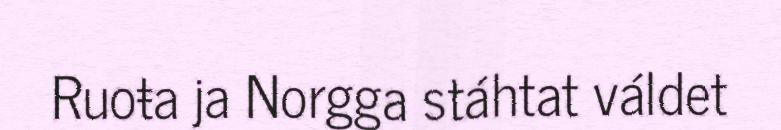
Ruoŧa ja Norgga stáhtat váldet